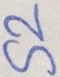
Text: S2